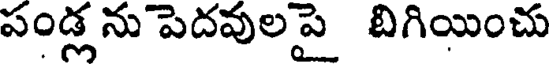
పండ్లను పెదవులపై బిగియించు